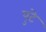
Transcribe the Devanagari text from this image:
पुटे